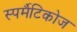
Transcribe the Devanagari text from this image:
स्पर्मैटिकोज